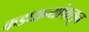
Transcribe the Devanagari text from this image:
कडधान्यांपासून